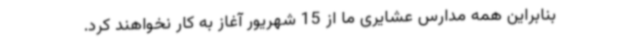
بنابراین همه مدارس عشایری ما از 15 شهریور آغاز به کار نخواهند کرد.